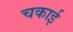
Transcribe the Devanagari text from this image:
चकाई